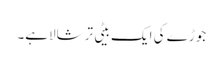
جوڑے کی ایک بیٹی ترشالاہے۔